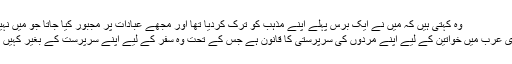
وہ کہتی ہیؒں کہ میں نے ایک برس پہلے اپنے مذہب کو ترک کردیا تھا اور مجھے عبادات پر مجبور کیا جاتا جو میں نہیں چاہتی تھی،
یادرہے سعودی عرب میں خواتین کے لیے اپنے مردوں کی سرپرستی کا قانون ہے جس کے تحت وہ سفر کے لیے اپنے سرپرست کے بغیر کہیں نہیں جاسکتیں۔